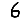
Digit: 6